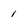
Character: 1